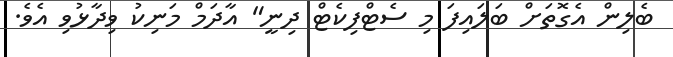
ބެލިން އެގޮތަށް ބަލައިފަ މި ސެޓްފިކެޓް ދިނީ" އާދަމް މަނިކު ވިދާޅުވި އެވެ.